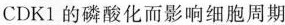
CDK1的磷酸化而影响细胞周期